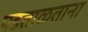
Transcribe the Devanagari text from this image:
पडताळताना